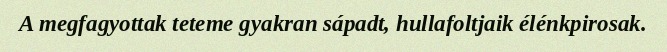
A megfagyottak teteme gyakran sápadt, hullafoltjaik élénkpirosak.